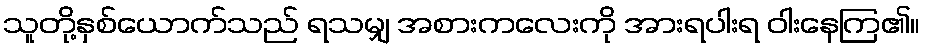
သူတို့နှစ်ယောက်သည် ရသမျှ အစားကလေးကို အားရပါးရ ဝါးနေကြ၏။